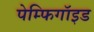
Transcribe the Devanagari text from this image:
पेम्फिगॉइड